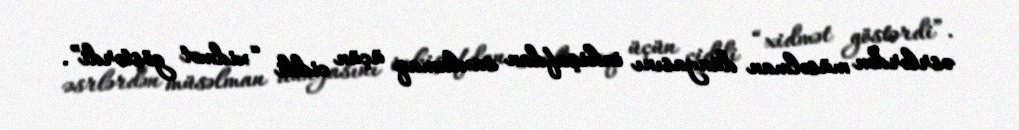
əsrlərdən müsəlman dünyasını inkişafdan saxlamaq üçün ciddi “xidmət göstərdi”.